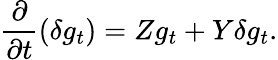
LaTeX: \frac{\partial}{\partial t}(\delta g_{t})=Zg_{t}+Y\delta g_{t}.